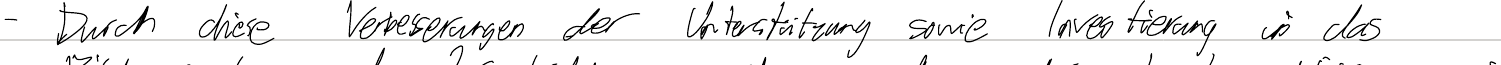
- Durch diese Verbesserungen der Unterstützung sowie Investierung in das